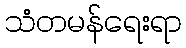
သံတမန်ရေးရာ